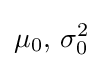
\mu _{0},\,\sigma _{0}^{2}\!